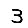
Digit: 3